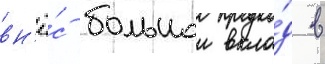
вн'ё́с большои вкла́д в